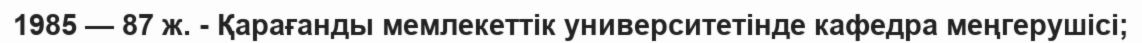
1985 — 87 ж. - Қарағанды мемлекеттік университетінде кафедра меңгерушісі;